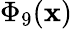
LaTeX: \Phi_{9}(\mathbf{x})